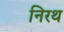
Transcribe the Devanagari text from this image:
निरथ